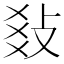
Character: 𢼬